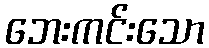
ဘေးကင်းသော